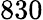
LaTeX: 830